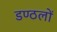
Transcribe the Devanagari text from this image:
डण्ठलों